Civil Veterinary Dept. North-West Frontier Province 1901-22 - 1901-1922
Year: 1901
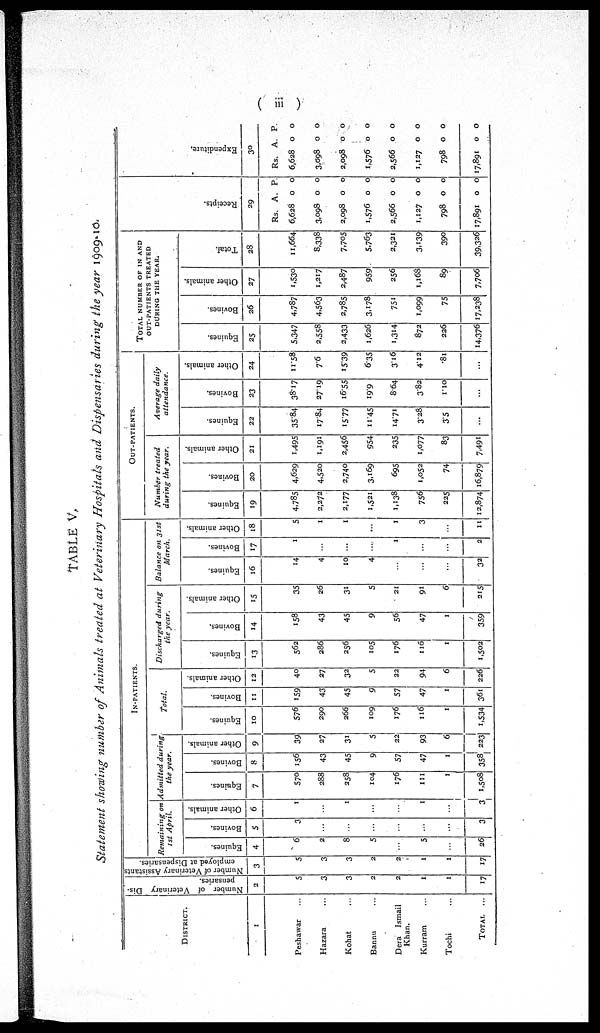
(iii)
TABLE V.
Statement showing number of Animals treated at Veterinary Hospitals and Dispensaries during the year 1909-10.
DISTRICT.
1
Peshawar ...
Hazara ...
Kohat ...
Bannu ...
Dera Ismail
Khan.
Kurram ...
Tochi ...
TOTAL
...
Number of Veterinary Dis-
pensaries.
2
5
3
3
2
2
1
1
17
Number of Veterinary Assistants
employed at Dispensaries.
3
5
3
3
2
2
1
1
17
IN-PATIENTS.
Equines.
4
6
2
8
5
...
5
...
26
Bovines.
5
3
...
...
...
...
...
...
3
Other animals.
6
1
...
1
...
...
1
...
3
Equines.
7
570
288
258
104
176
111
1
1,508
Bovines.
8
156
43
45
9
57
47
1
358
Other animals.
9
39
27
31
5
22
93
6
223
Equines.
10
576
290
266
109
176
116
1
1,534
Bovines.
11
159
43
45
9
57
47
1
361
Other animals.
12
40
27
32
5
22
94
6
226
Equines.
13
562
286
256
105
176
116
1
1,502
Bovines.
14
158
43
45
9
56
47
1
359
Other animal's.
15
35
26
31
5
21
91
6
215
Equines.
16
14
4
10
4
...
...
...
32
Bovines.
17
1
...
...
...
1
...
...
2
Other animals.
18
5
1
1
...
1
3
...
11
OUT-PATIENTS.
Equines.
19
4,785
2,272
2,177
1,521
1,138
756
225
12,874
Bovines.
20
4,629
4,520
2,740
3,169
695
1,052
74
16,879
Other animals.
21
1,495
1,191
2,456
954
235
1,077
83
7,491
Equines.
22
35.84
17.84
15.77
11.45
14.71
3.28
35
...
Bovines.
23
38.17
27.19
16.55
19.9
8.64
3.82
1.10
...
Other animals.
24
11.58
7.6
15.39
6.35
3.16
4.12
.81
...
TOTAL NUMBER OF IN AND
OUT-PATIENT TREATED
DURING THE YEAR.
Equines.
25
5,347
2,558
2,433
1,626
1,314
872
226
14,376
Bovines.
26
4,787
4,563
2,785
3,178
751
1,099
75
17,238
Other animals.
27
1,530
1,217
2,487
959
256
1,168
89
7,706
Total.
28
11,664
8,338
7,705
5,763
2,321
3,139
390
39,326
Recei pt s .
29
Rs.
6,628
3,098
2,098
1,576
2,566
1,127
798
17,891
A.
0
0
0
0
0
0
0
0
P.
0
0
0
0
0
0
0
0
Expe ndi t
ur e
30
Rs.
6,628
3,098
2,098
1,576
2,566
1,127
798
17,891
A.
0
0
0
0
0
0
0
0
P.
0
0
0
0
0
0
0
0